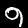
Digit: 9